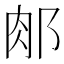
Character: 𨛇